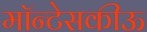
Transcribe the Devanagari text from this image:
मॉन्टेसकीऊ